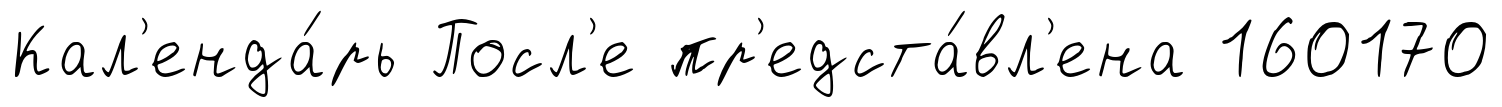
Кал'енда́рь Посл'е пр'едста́вл'ена 160170